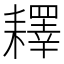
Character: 𦔥